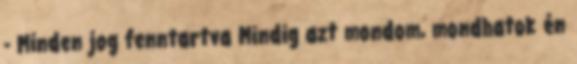
- Minden jog fenntartva Mindig azt mondom, mondhatok én